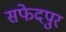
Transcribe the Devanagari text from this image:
सफेदपुर